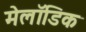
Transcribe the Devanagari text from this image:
मेलॉडिक